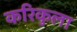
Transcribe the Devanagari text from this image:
करिकुला